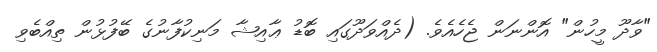
"ވާދޫ މީހުން" އޮންނަން ޖެހެއެވެ. (ދެއްވަދޫގައި ބޮޑު ޢާއިޝާ މަނިކުފާނުގެ ބޭފުޅުން ތިއްބެވި